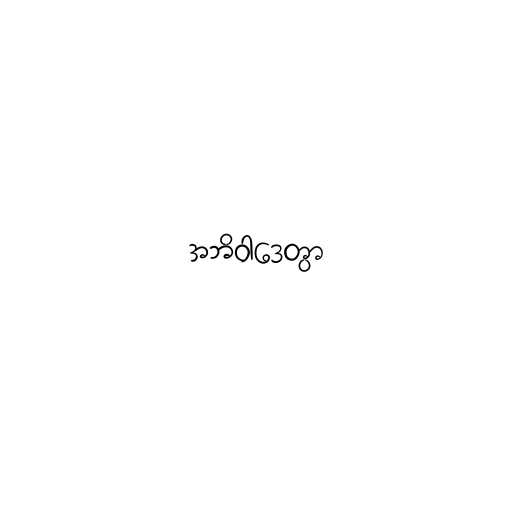
အဘိဝါဒေတွာ